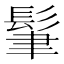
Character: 𩬶